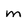
Character: m